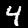
Label: 4